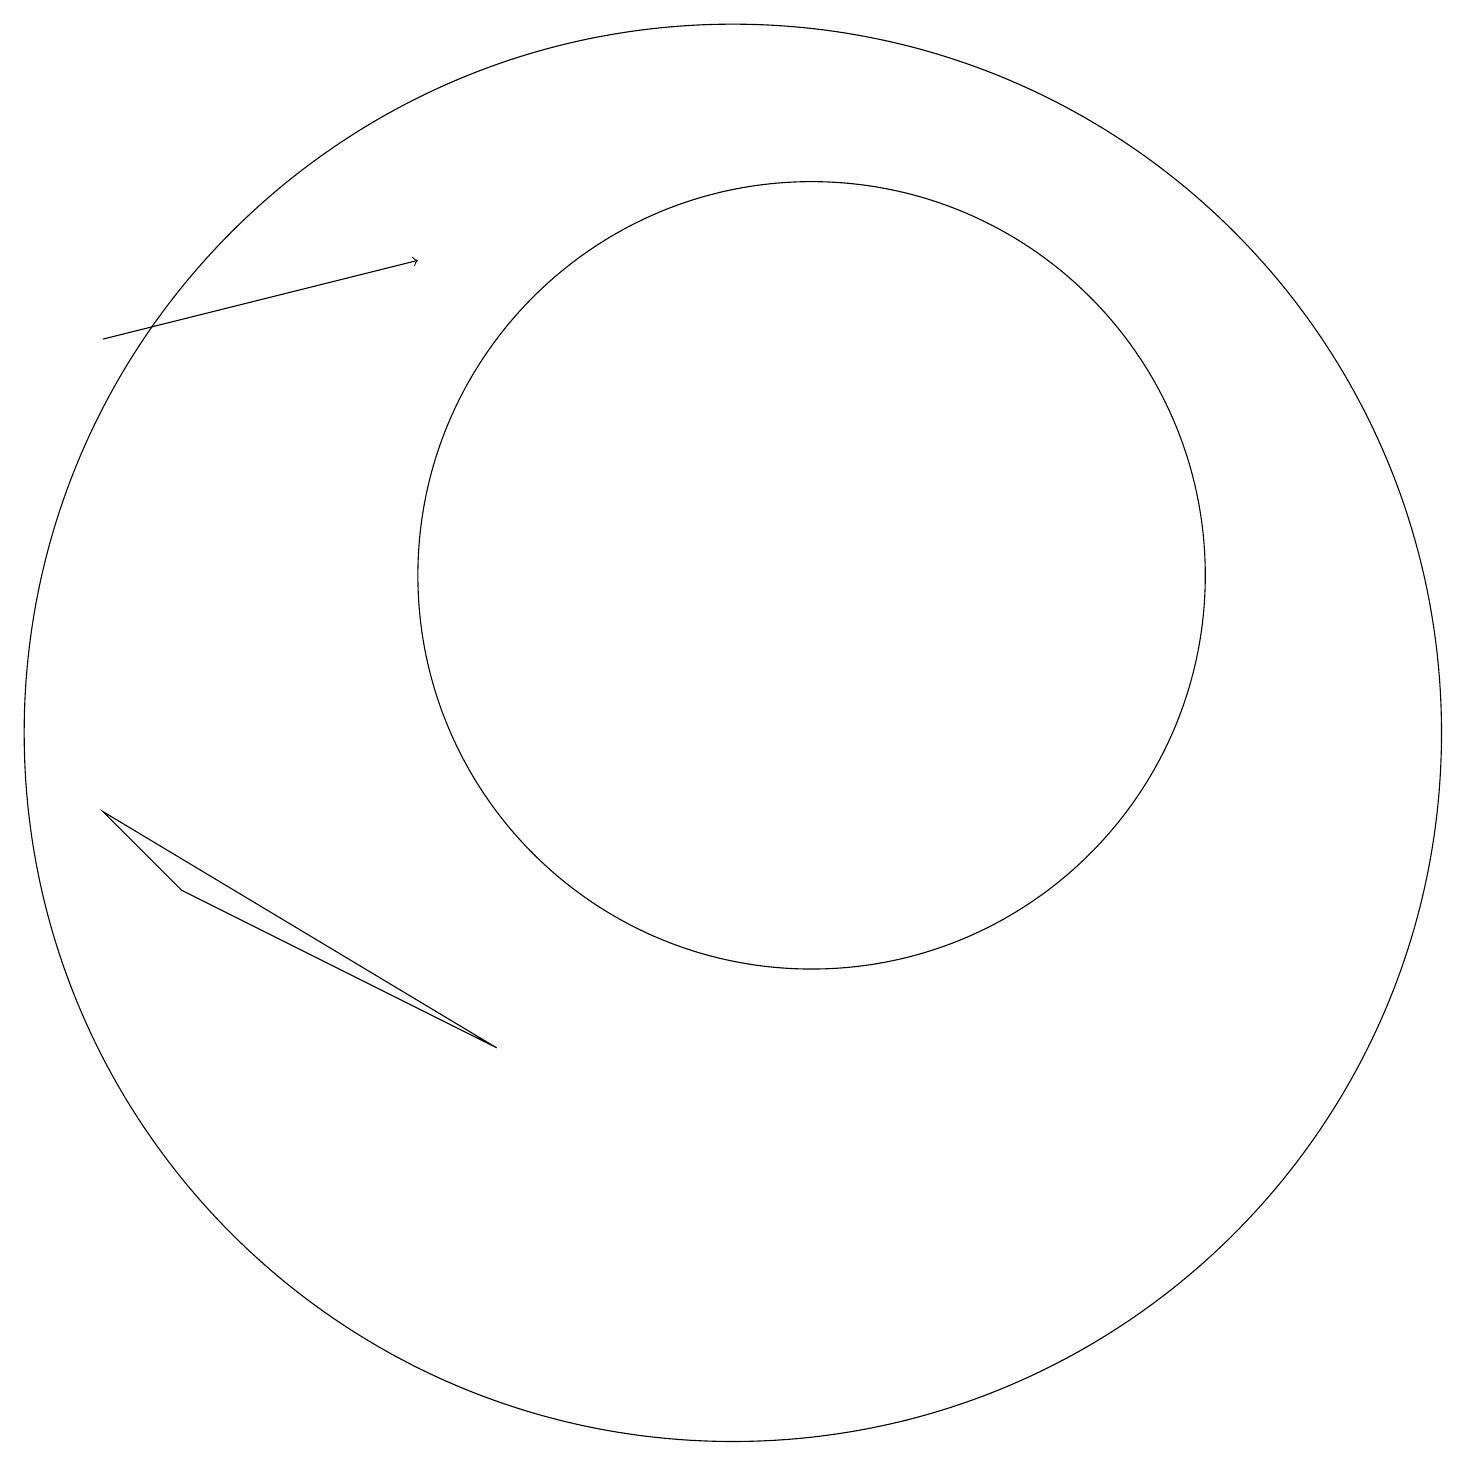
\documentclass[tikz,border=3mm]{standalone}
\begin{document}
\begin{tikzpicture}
\draw (11,10) circle (9);
\draw (4,8) -- (8,6) -- (3,9) -- cycle;
\draw (12,12) circle (5);
\draw[->] (3,15) -- (7,16);
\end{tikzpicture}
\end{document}